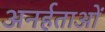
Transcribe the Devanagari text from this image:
अनर्हताओं